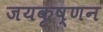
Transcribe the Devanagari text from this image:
जयकृष्णन